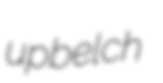
upbelch